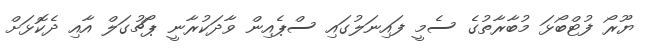
ޔޫރޯ ފުޓްބޯޅަ މުބާރާތުގެ ސެމީ ފައިނަލުގައި ސްޕެއިން ވާދަކުރާނީ ޕޯޗުގަލް އާއި ދެކޮޅަށް